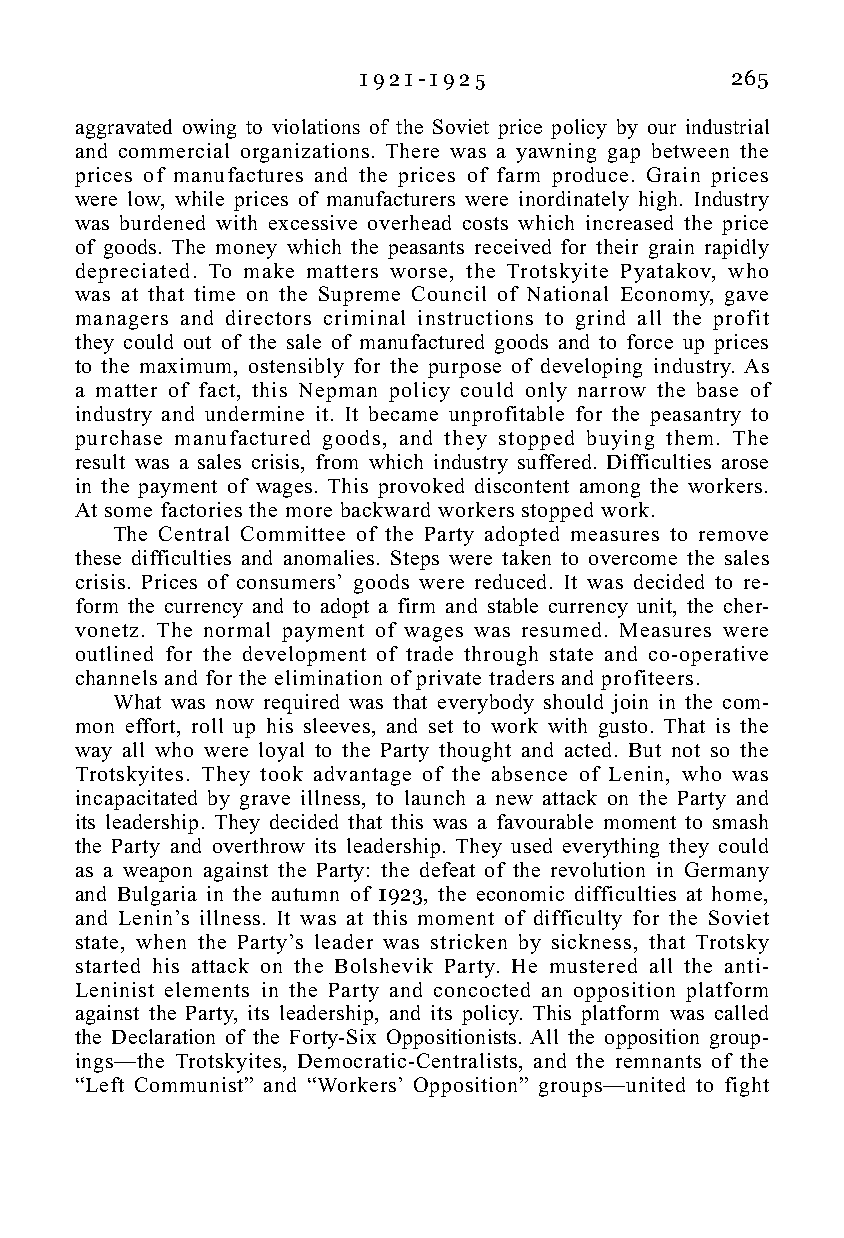
1 9 2 1 - 1 9 2 5       265
 aggravated owing to violations of the Soviet price policy by our industrial
 and commercial organizations. There was a yawning gap between the
 prices of manufactures and the prices of farm produce. Grain prices
 were low, while prices of manufacturers were inordinately high. Industry
 was burdened with excessive overhead costs which increased the price
 of goods. The money which the peasants received for their grain rapidly
 depreciated. To make matters worse, the Trotskyite Pyatakov, who
 was at that time on the Supreme Council of National Economy, gave
 managers and directors criminal instructions to grind all the profit
 they could out of the sale of manufactured goods and to force up prices
 to the maximum, ostensibly for the purpose of developing industry. As
 a matter of fact, this Nepman policy could only narrow the base of
 industry and undermine it. It became unprofitable for the peasantry to
 purchase manufactured goods, and they stopped buying them. The
 result was a sales crisis, from which industry suffered. Difficulties arose
 in the payment of wages. This provoked discontent among the workers.
 At some factories the more backward workers stopped work.
 The Central Committee of the Party adopted measures to remove
 these difficulties and anomalies. Steps were taken to overcome the sales
 crisis. Prices of consumers’ goods were reduced. It was decided to re-
 form the currency and to adopt a firm and stable currency unit, the cher-
 vonetz. The normal payment of wages was resumed. Measures were
 outlined for the development of trade through state and co-operative
 channels and for the elimination of private traders and profiteers.
 What was now required was that everybody should join in the com-
 mon effort, roll up his sleeves, and set to work with gusto. That is the
 way all who were loyal to the Party thought and acted. But not so the
 Trotskyites. They took advantage of the absence of Lenin, who was
 incapacitated by grave illness, to launch a new attack on the Party and
 its leadership. They decided that this was a favourable moment to smash
 the Party and overthrow its leadership. They used everything they could
 as a weapon against the Party: the defeat of the revolution in Germany
 and Bulgaria in the autumn of 1923, the economic difficulties at home,
 and Lenin’s illness. It was at this moment of difficulty for the Soviet
 state, when the Party’s leader was stricken by sickness, that Trotsky
 started his attack on the Bolshevik Party. He mustered all the anti-
 Leninist elements in the Party and concocted an opposition platform
 against the Party, its leadership, and its policy. This platform was called
 the Declaration of the Forty-Six Oppositionists. All the opposition group-
 ings—the Trotskyites, Democratic-Centralists, and the remnants of the
 “Left Communist” and “Workers’ Opposition” groups—united to fight